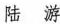
陆游